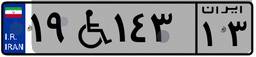
۴۵W۲۷۱۲۷